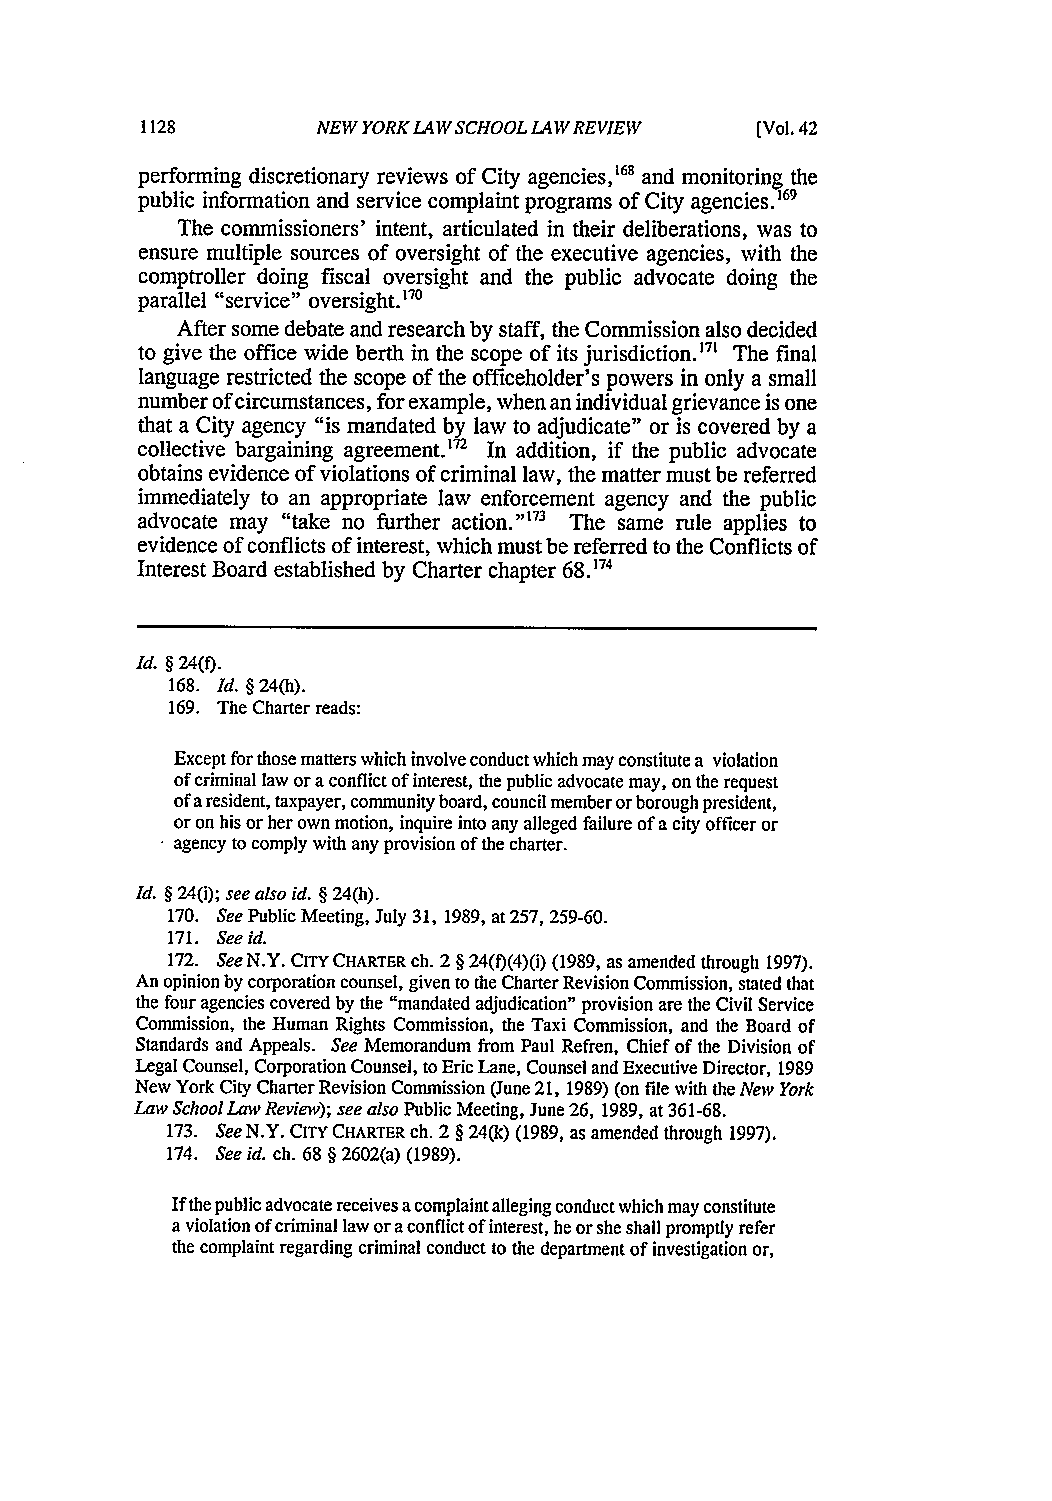
NEW YORK LAW SCHOOL LAW REVIEW [Vol. 42
 performing discretionary reviews of City agencies, 68 and monitoring the
 public information and service complaint programs of City agencies. 69
 The commissioners' intent, articulated in their deliberations, was to
 ensure multiple sources of oversight of the executive agencies, with the
 comptroller doing fiscal oversight and the public advocate doing the
 parallel "service" oversight.'70
 After some debate and research by staff, the Commission also decided
 to give the office wide berth in the scope of its jurisdiction.'7 The final
 language restricted the scope of the officeholder's powers in only a small
 number of circumstances, for example, when an individual grievance is one
 that a City agency "is mandated by law to adjudicate" or is covered by a
 collective bargaining agreement.72 In addition, if the public advocate
 obtains evidence of violations of criminal law, the matter must be referred
 immediately to an appropriate law enforcement agency and the public
 advocate may "take no further action." 73 The same rule applies to
 evidence of conflicts of interest, which must be referred to the Conflicts of
 Interest Board established by Charter chapter 68.174
 Id. § 24(t).
 168. Id. § 24(h).
 169. The Charter reads:
 Except for those matters which involve conduct which may constitute a violation
 of criminal law or a conflict of interest, the public advocate may, on the request
 of a resident, taxpayer, community board, council member or borough president,
 or on his or her own motion, inquire into any alleged failure of a city officer or
 agency to comply with any provision of the charter.
 -
 Id. § 24(i); see also id. § 24(h).
 170. See Public Meeting, July 31, 1989, at 257, 259-60.
 171. See id.
 172. See N.Y. CITY CHARTER ch. 2 § 24(f)(4)(i) (1989, as amended through 1997).
 An opinion by corporation counsel, given to the Charter Revision Commission, stated that
 the four agencies covered by the "mandated adjudication" provision are the Civil Service
 Commission, the Human Rights Commission, the Taxi Commission, and the Board of
 Standards and Appeals. See Memorandum from Paul Refren, Chief of the Division of
 Legal Counsel, Corporation Counsel, to Eric Lane, Counsel and Executive Director, 1989
 New York City Charter Revision Commission (June 21, 1989) (on file with the New York
 Law School Law Review); see also Public Meeting, June 26, 1989, at 361-68.
 173. See N.Y. CITY CHARTER ch. 2 § 24(k) (1989, as amended through 1997).
 174. See id. ch. 68 § 2602(a) (1989).
 If the public advocate receives a complaint alleging conduct which may constitute
 a violation of criminal law or a conflict of interest, he or she shall promptly refer
 the complaint regarding criminal conduct to the department of investigation or,